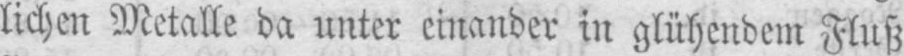
lichen Metalle da unter einander in glühendem Fluß